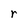
Character: r